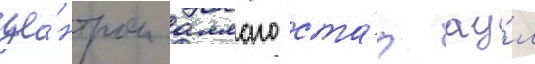
це́нтром аллаго ста́л ау́л